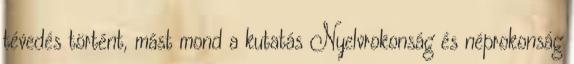
tévedés történt, mást mond a kutatás Nyelvrokonság és néprokonság